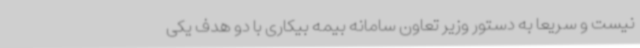
نیست و سریعا به دستور وزیر تعاون سامانه بیمه بیکاری با دو هدف یکی